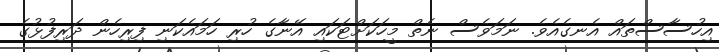
އިހުސާސްތައް އެނގެއެވެ. ނަމަވެސް ނެތް މީހަކަށްޓަކައި އޭނާގެ ހުރި ހަމައެކަނި ފިރިހެން ދަރިފުޅުގެ